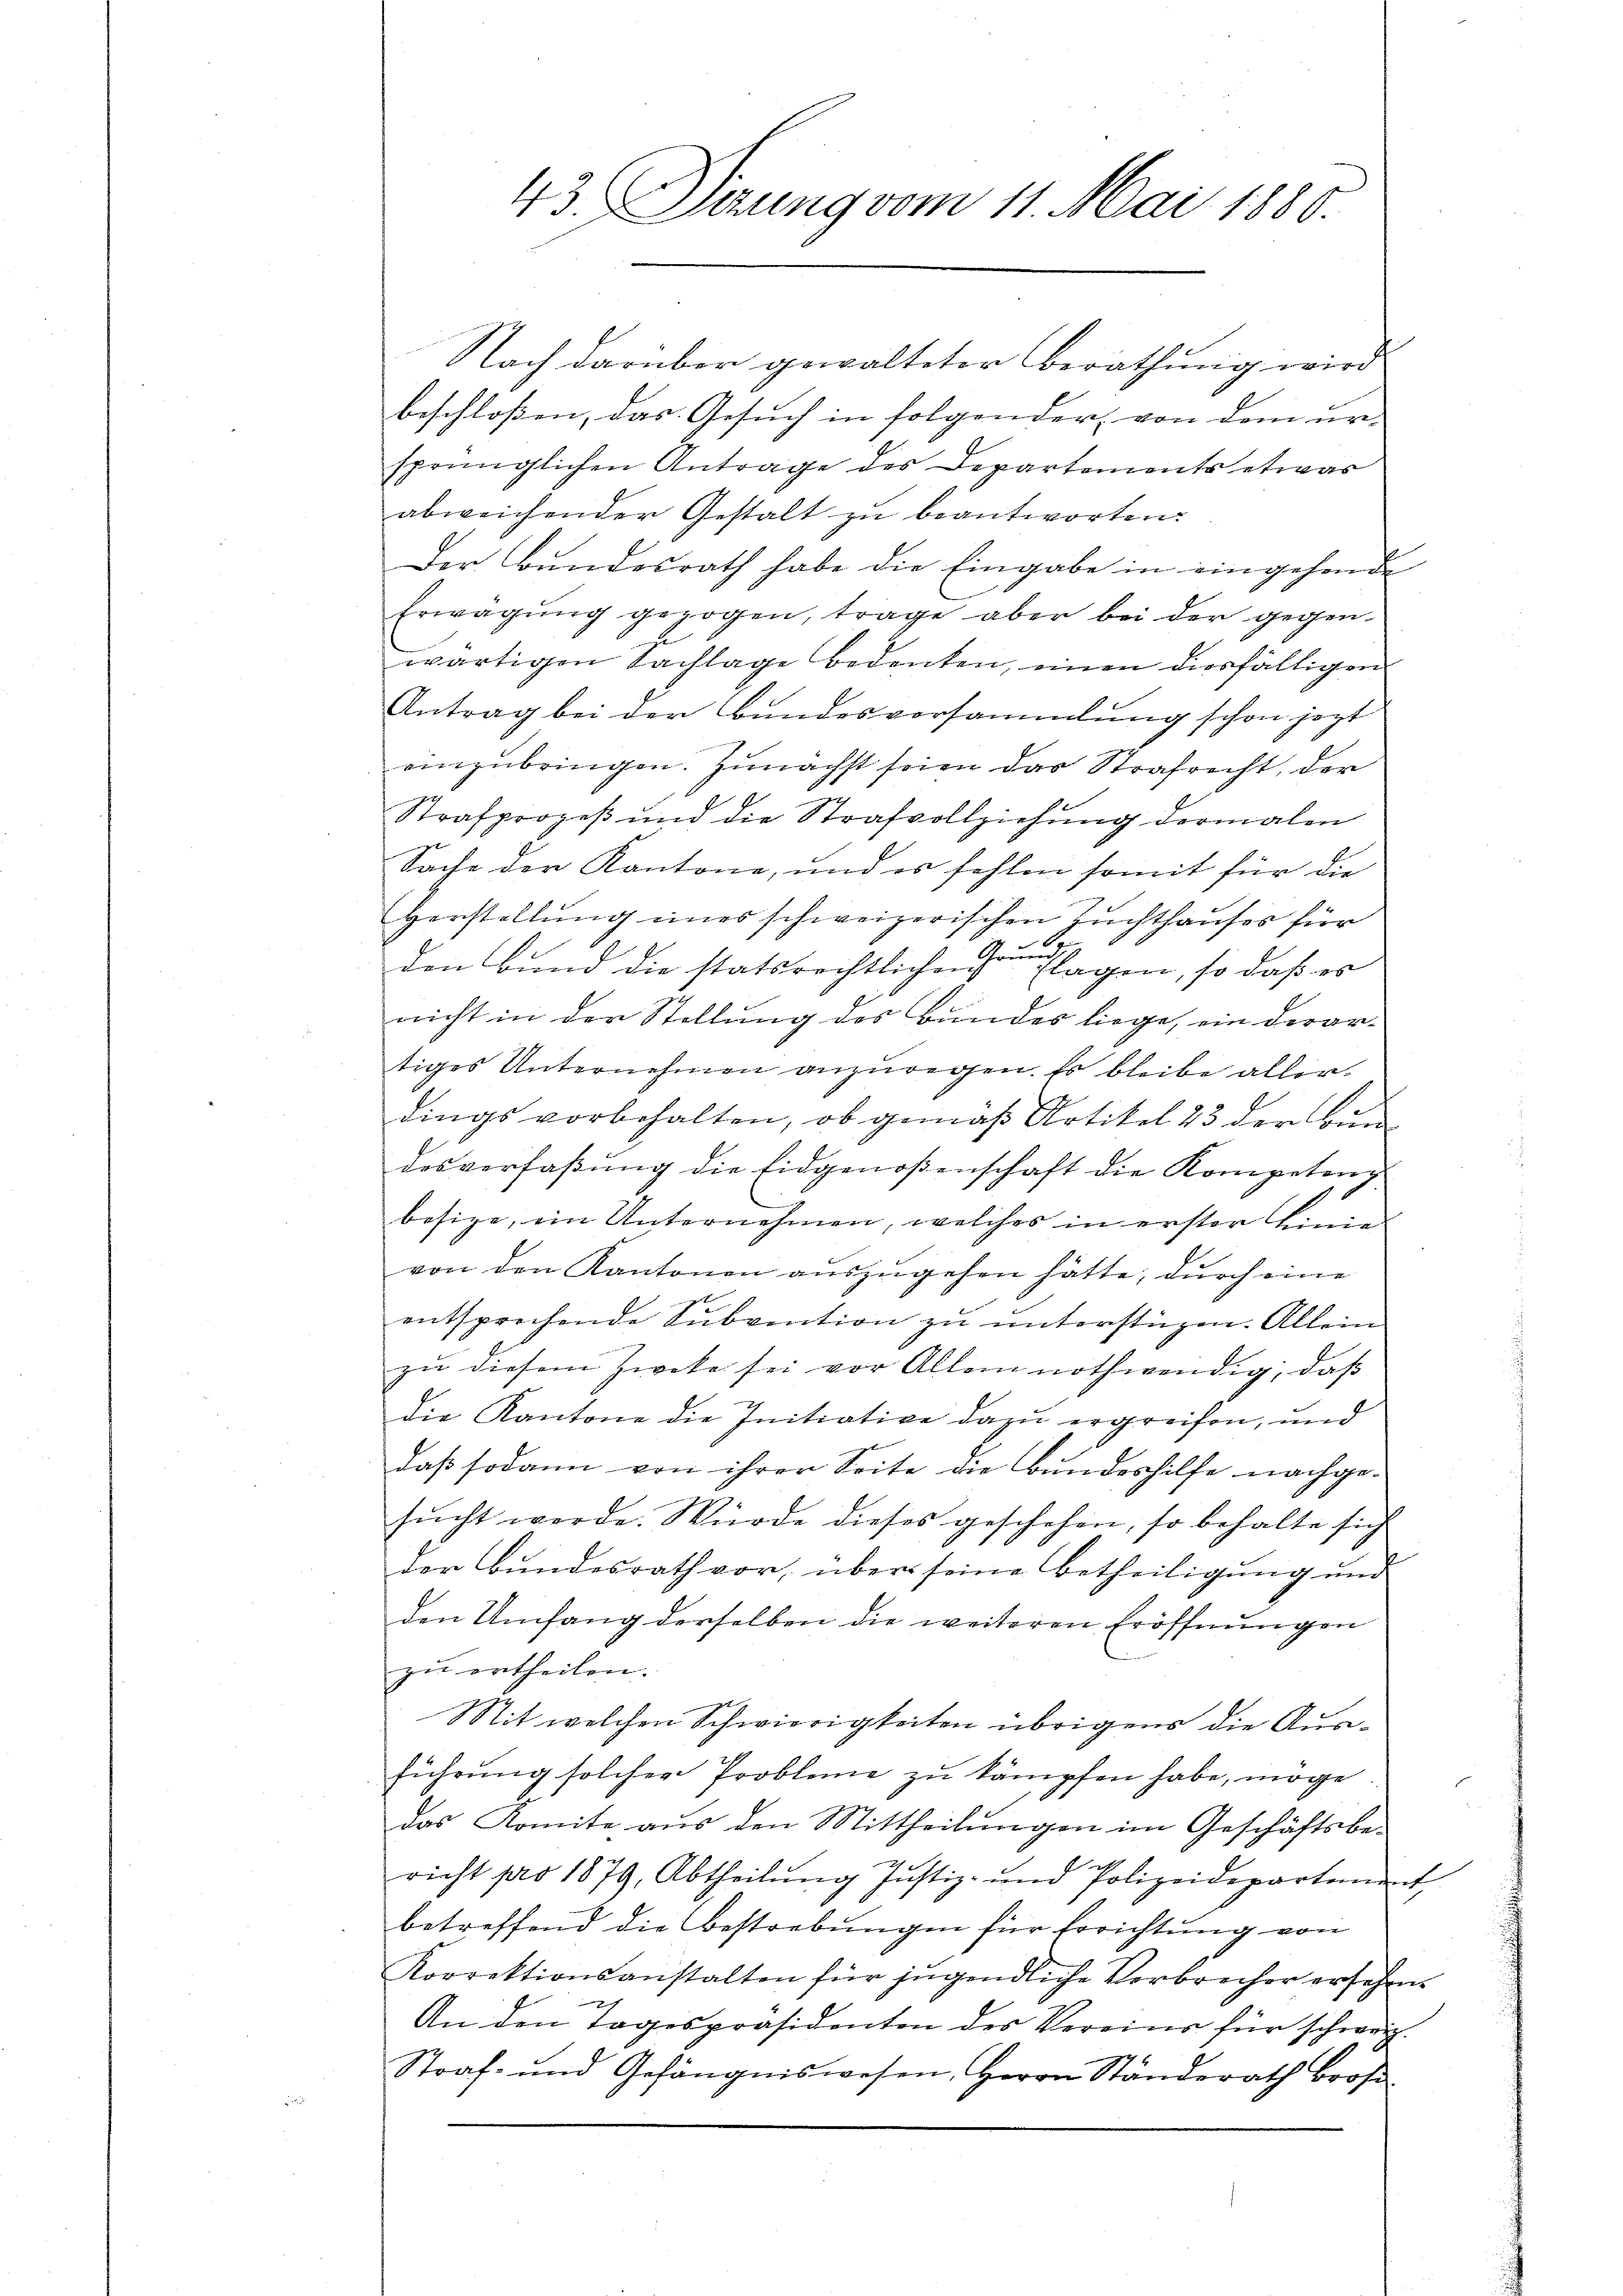
43. Ferung vom 11. Mai 1880.

Nach darüber gewalteter Berathung wird
beschloßen, das Gesuch in folgender, von dem ur-
sprünglichen Antrage des Departements etwas
abweichender Gestalt zŭ beantworten:
Der Bundesrath habe die Eingabe in eingehende
Erwägŭng gezogen, trage aber bei der gegen-
wärtigen Sachlage bedenken, einen diesfälligen
Antrag bei der Bundesvorsammlung schon jezt
einzubringen. Zunächst seien das Strafricht, der
Strafprozeß und die Strafvollziehung dermalen
Sache der Kantone, und es fehlen somit für die
Herstellung eines schweizerischen Zuchthauses für
den Bund die statsrechtlichen Grundlagen, so daß er
nicht in der Stellung des Bundes liege, ein derar-
tiges Unternehmen anzuregen. Es bleibe aller.
dings vorbehalten, ob gemäß Artikel 23 der Bedesverfaβŭng die Eidgenoßenschaft die Kompetenz
besize, ein Unternehmen, welches in erster Linie
von den Kantonen auszugehen hätte, durch eine
entsprechende Subvention zu unterstüzen. Allein
zŭ diesem Zweke sei vor Allem nothwendig, daß
die Kantone die Initiative dazu ergreifen, und
daß sodann von ihrer Seite die Bundeshilfe nachgesŭcht werde. Würde dieses geschehen, so behalte sich
der Bŭndesrath vor, über seine betheiligŭng und
den Umfang derselben die weiteren Eröffnungen
zu ertheilen.
Sit welchen Schwierigkeiten übrigens die Ausführung solcher Probleme zu kämpfen habe, möge.
e
das Komite aus den Mittheilungen im Geschäftsbe-
richt pro 1879, Abtheilung Justiz- und Polizeidepartement
betreffend die Bestrebungen für Errichtung von
Korrektionsanstalten für jugendliche Verbrecher ersehen.
An den Tagespräsidenten des Vereine für schweiz
Straf- und Gefängniswesen, Herrn Ständerath Bros